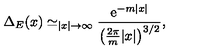
\Delta _ { E } ( x ) \simeq _ { | x | \rightarrow \infty } \frac { \mathrm { e } ^ { - m | x | } } { \left( \frac { 2 \pi } { m } | x | \right) ^ { 3 / 2 } } ,